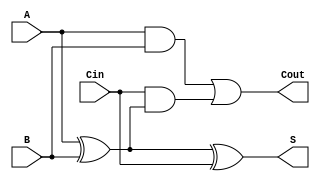
module full_adder (
    input wire A,     // First input bit
    input wire B,     // Second input bit
    input wire Cin,   // Carry-in bit
    output wire S,    // Sum output
    output wire Cout   // Carry-out output
);

// Sum output using XOR gates
assign S = A ^ B ^ Cin;

// Carry-out output using AND and OR gates
assign Cout = (A & B) | (Cin & (A ^ B));

endmodule